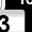
Digit: 3